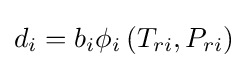
d_{i}=b_{i}\phi _{i}\left(T_{ri},P_{ri}\right)